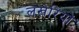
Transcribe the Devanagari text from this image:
लखेरियों